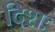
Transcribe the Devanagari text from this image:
दिशः